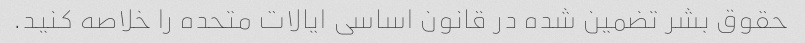
حقوق بشر تضمین شده در قانون اساسی ایالات متحده را خلاصه کنید.